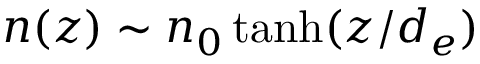
n ( z ) \sim n _ { 0 } \operatorname { t a n h } ( z / d _ { e } )